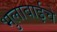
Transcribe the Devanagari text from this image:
भुलाबाईचे